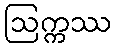
ဩက္ကဿ